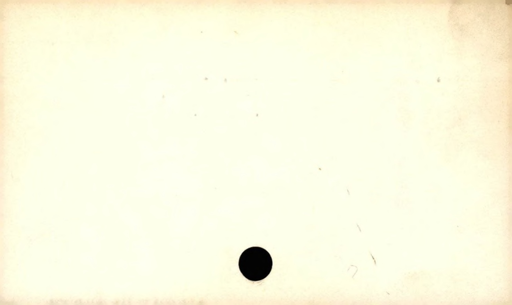
Label: blank